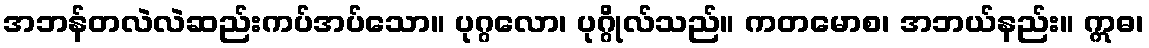
အဘန်တလဲလဲဆည်းကပ်အပ်သော။ ပုဂ္ဂလော၊ ပုဂ္ဂိုလ်သည်။ ကတမောစ၊ အဘယ်နည်း။ ဣဓ၊